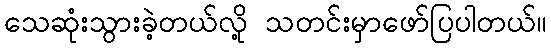
သေဆုံးသွားခဲ့တယ်လို့ သတင်းမှာဖော်ပြပါတယ်။